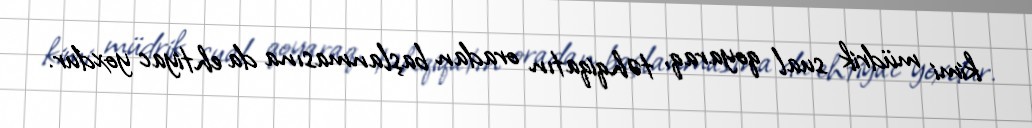
kimi müdrik sual qoyaraq, təhqiqatın oradan başlanmasına da ehtiyac yoxdur.